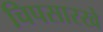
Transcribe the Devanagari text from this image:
चिपसारखे